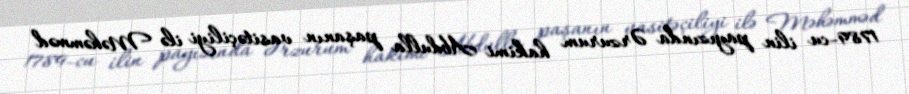
1789-cu ilin payızında Ərzurum hakimi Abdulla paşanın vasitəçiliyi ilə Məhəmməd